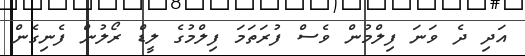
އަދި ދެ ވަނަ ފިލްމުން ވެސް ފުރަތަމަ ފިލްމުގެ ލީޑް ރޯލުން ފެނިގެން